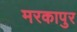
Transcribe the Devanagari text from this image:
मरकापुर